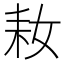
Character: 𱻲